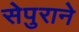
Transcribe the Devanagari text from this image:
सेपुराने